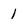
Character: 1